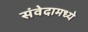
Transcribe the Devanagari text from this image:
संवेदामध्ये